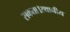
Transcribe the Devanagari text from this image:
सकता।स्थानीय